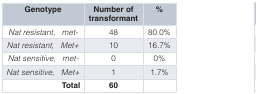
| Genotype | Number oftransformant | % |
 | --- | --- | --- |
 | Nat resistant,met- | 48 | 80.0% |
 | Nat resistant,Met+ | 10 | 16.7% |
 | Nat sensitive,met- | 0 | 0% |
 | Nat sensitive,Met+ | 1 | 1.7% |
 | Total | 60 |  |